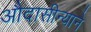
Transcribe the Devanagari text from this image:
औदासीन्याने